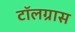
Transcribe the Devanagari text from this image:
टॉलग्रास